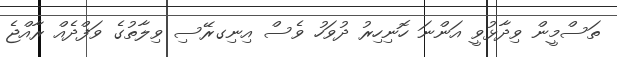
ތަސްމީން ވިދާޅުވީ އަންނަ ހޮނިހިރު ދުވަހު ވެސް އިނިގރޭސި ވިލާތުގެ ވަފްދެއް ރާއްޖެ